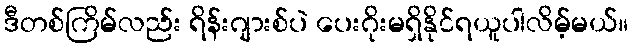
ဒီတစ်ကြိမ်လည်း ရိန်းဂျားစ်ပဲ ပေးဂိုးမရှိနိုင်ရယူပါလိမ့်မယ်။